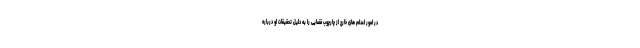
در امور اعدام های خارج از چارچوب قضایی را به دلیل تحقیقات او درباره